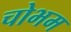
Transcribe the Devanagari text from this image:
चोभम